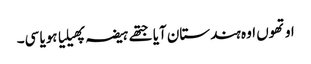
اوتھوں اوہ ہندستان آیا جتھے ہیضہ پھیلیا ہویا سی۔